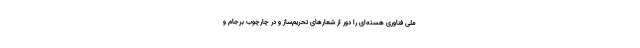
ملی فناوری هسته‌ای را دور از شعارهای تحریم‌ساز و در چارچوب برجام و